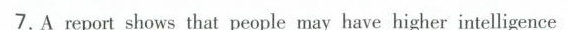
7.A report shows that people may have higher intelligence